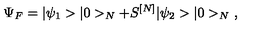
\Psi _ { F } = \vert \psi _ { 1 } > \vert 0 > _ { N } + S ^ { [ N ] } \vert \psi _ { 2 } > \vert 0 > _ { N } \ ,